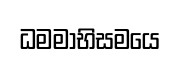
ධමමාභිසමයෙ